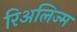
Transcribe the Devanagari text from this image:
रिअलिज्म